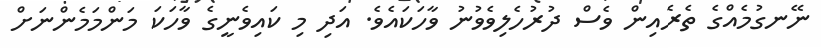
ނޭނގުމެއްގެ ތެރެއިން ވެސް ދުރުހެލިވެވުނު ވާހަކައެވެ. އަދި މި ކައިވެނީގެ ވާހަކަ މަންމަމެންނަށް